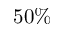
5 0 \%